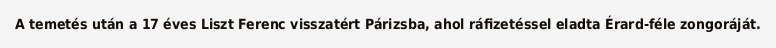
A temetés után a 17 éves Liszt Ferenc visszatért Párizsba, ahol ráfizetéssel eladta Érard-féle zongoráját.